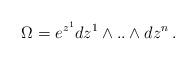
LaTeX: \begin{align*}\Omega =e^{z^1}dz^1\wedge ..\wedge dz^n \,.\end{align*}